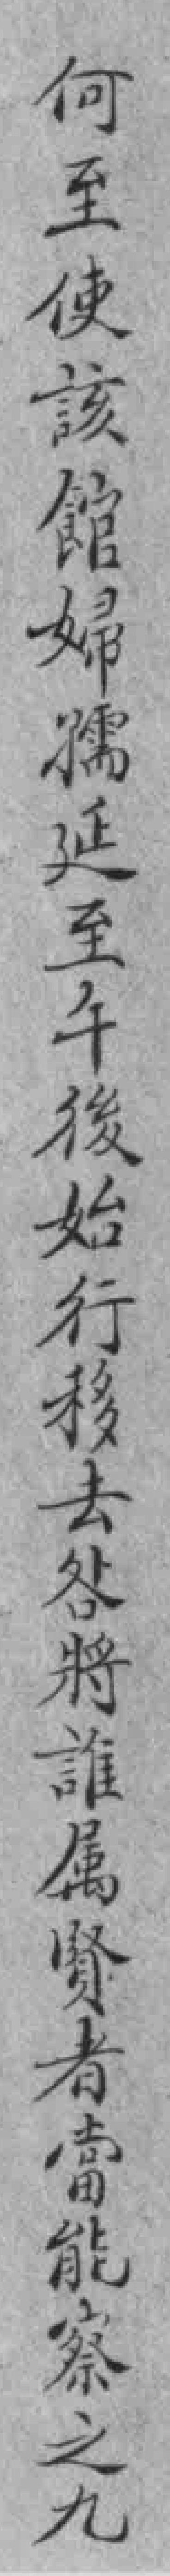
何至使該館婦孺延至午後始行移去咎將誰属賢者當能察之九